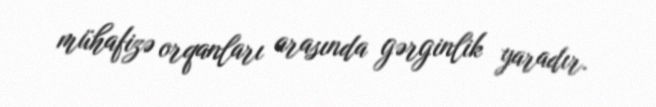
mühafizə orqanları arasında gərginlik yaradır.